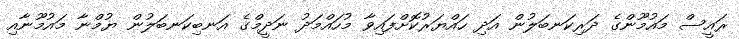
ރައީސް މައުމޫންގެ ދަރިކަނބަލުން އަދި ހައްޔަރުކޮށްފައިވާ މުހައްމަދު ނަދީމްގެ އަނބިކަނބަލުން ޔުމްނާ މައުމޫނާއި